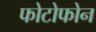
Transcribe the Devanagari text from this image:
फोटोफोन